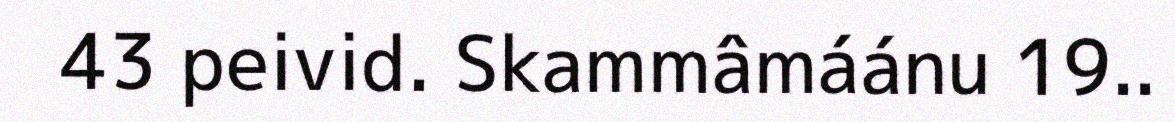
43 peivid. Skammâmáánu 19..